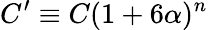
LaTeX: C^{\prime}\equiv C(1+6\alpha)^{n}